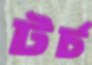
টর্চ